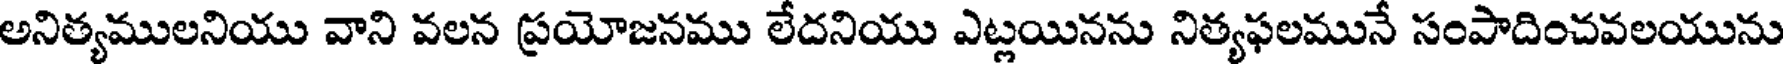
అనిత్యములనియు వాని వలన ప్రయోజనము లేదనియు ఎట్లయినను నిత్యఫలమునే సంపాదించవలయును